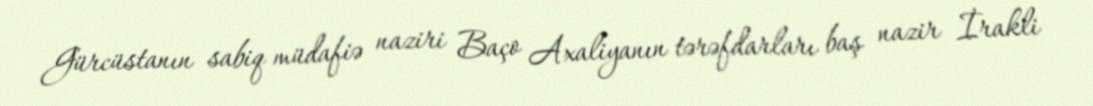
Gürcüstanın sabiq müdafiə naziri Baço Axaliyanın tərəfdarları baş nazir İrakli